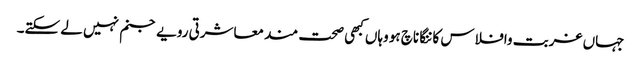
جہاں غربت وافلاس کاننگا ناچ ہو وہاں کبھی صحت مند معاشرتی رویے جنم نہیں لے سکتے۔